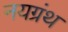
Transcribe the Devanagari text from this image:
नयग्रंथ